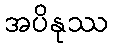
အပိနုဿ